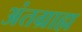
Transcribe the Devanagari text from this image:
अंतग्राह्म